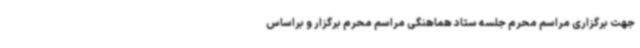
جهت برگزاری مراسم محرم جلسه ستاد هماهنگی مراسم محرم برگزار و براساس